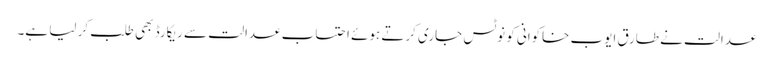
عدالت نے طارق ایوب خاکوانی کو نوٹس جاری کرتے ہوئے احتساب عدالت سے ریکارڈ بھی طلب کر لیا ہے۔